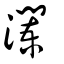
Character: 瀾